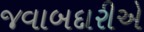
જવાબદારીએ